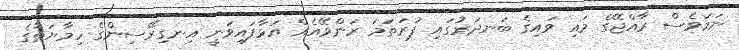
ނަމަވެސް ރާއްޖޭގެ މައި ވައިގެ ބަނދަރުގައި ފުރަތަމަ ރަންވޭއެއް އަޅާފައިވަނީ އިނގިރޭސިންގެ ހިމާޔަތުގެ